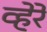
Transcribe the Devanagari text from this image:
व्हेरे